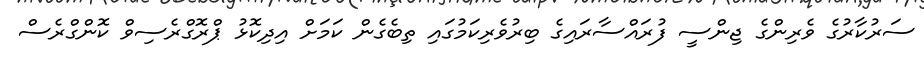
ސަރުކާރުގެ ވެރިންގެ ޖިންސީ ފުރައްސާރައިގެ ބިރުވެރިކަމުގައި ތިބެގެން ކަމަށް އިދިކޮޅު ޕްރޮގްރެސިވް ކޮންގްރެސް